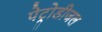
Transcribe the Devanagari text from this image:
पेट्रोडीजल